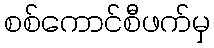
စစ်ကောင်စီဖက်မှ